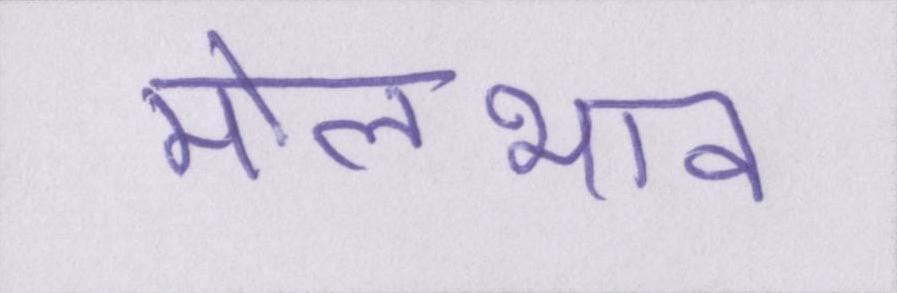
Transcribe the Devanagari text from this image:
मोलभाव